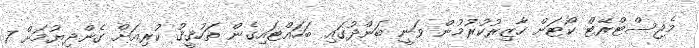
މެޖިސްޓްރޭޓް ކޯޓަށް ހާޒިރުކުރުމުން ވަނީ ބަންދުގައި ބަހައްޓައިގެން ތަހުޤީޤު ކުރިއަށް ގެންދިޔުމަށް 7